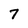
Character: 7